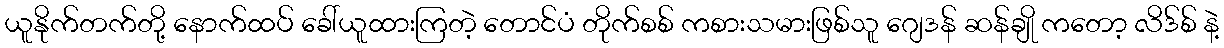
ယူနိုက်တက်တို့ နောက်ထပ် ခေါ်ယူထားကြတဲ့ တောင်ပံ တိုက်စစ် ကစားသမားဖြစ်သူ ဂျေဒန် ဆန်ချို ကတော့ လိဒ်စ် နဲ့